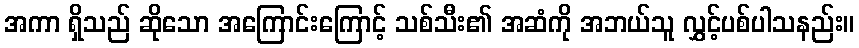
အကာ ရှိသည် ဆိုသော အကြောင်းကြောင့် သစ်သီး၏ အဆံကို အဘယ်သူ လွှင့်ပစ်ပါသနည်း။